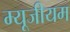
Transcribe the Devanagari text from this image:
म्‍यूजीयम